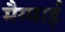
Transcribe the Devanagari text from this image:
मैग्माई